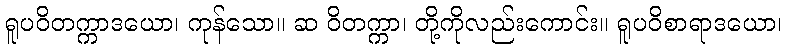
ရူပဝိတက္ကာဒယော၊ ကုန်သော။ ဆ ဝိတက္ကာ၊ တို့ကိုလည်းကောင်း။ ရူပဝိစာရာဒယော၊